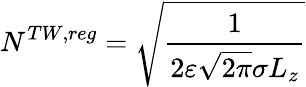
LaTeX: N^{TW,reg}=\sqrt{\frac{1}{2\varepsilon\sqrt{2\pi}\sigma L_{z}}}